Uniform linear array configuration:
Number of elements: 64
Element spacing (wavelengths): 0.75
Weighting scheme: kaiser
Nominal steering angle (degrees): -30
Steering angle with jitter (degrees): -31.838
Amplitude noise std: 0.05
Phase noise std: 0.05

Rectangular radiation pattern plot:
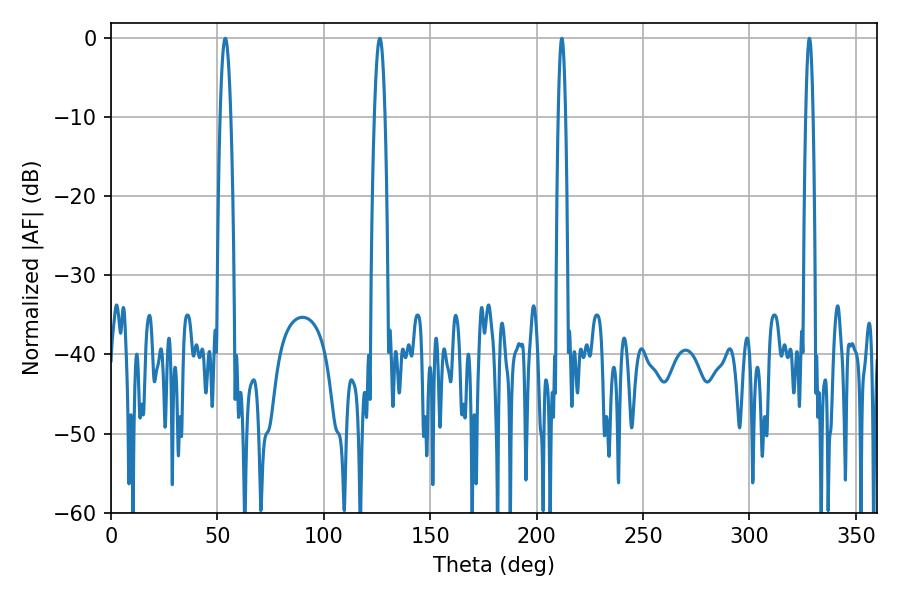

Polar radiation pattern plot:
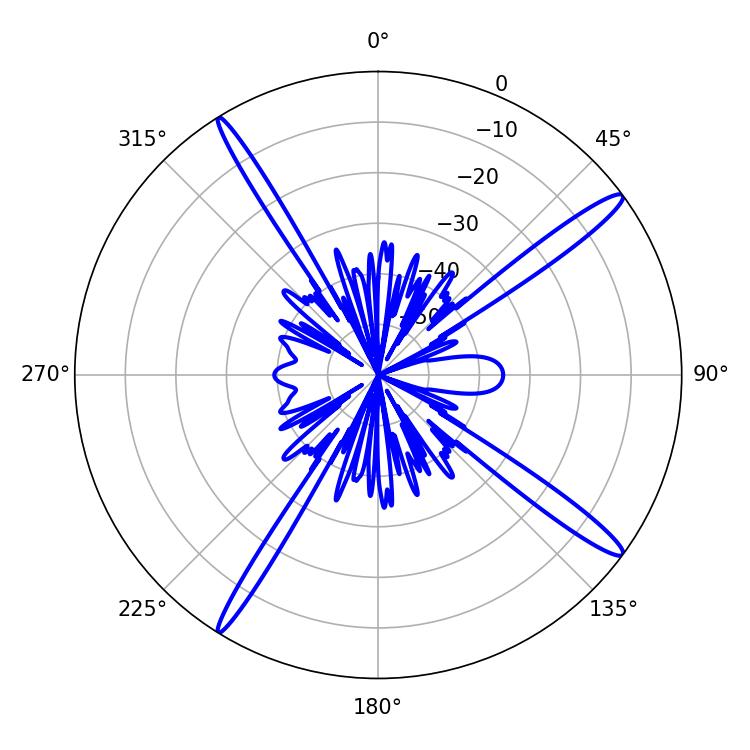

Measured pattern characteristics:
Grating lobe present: TRUE
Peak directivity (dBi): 16.371
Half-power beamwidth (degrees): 1.8
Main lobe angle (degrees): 211.86